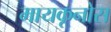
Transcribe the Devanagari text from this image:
मायकूनोस